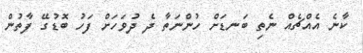
ކާނެ އެއްޗެއް ނެތި ބަނޑަށް ހުންނަތާ ދެ ދުވަހަށް ފަހު ބޮޑުގޭ ފާތުން